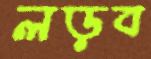
লড়ব